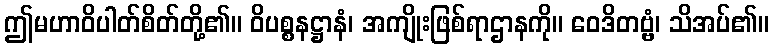
ဤမဟာဝိပါတ်စိတ်တို့၏။ ဝိပစ္စနဋ္ဌာနံ၊ အကျိုးဖြစ်ရာဌာနကို။ ဝေဒိတဗ္ဗံ၊ သိအပ်၏။